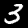
Label: 3